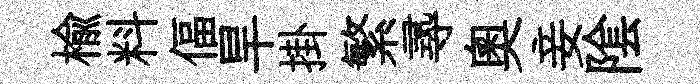
楡料偪旱掛繁𡬶奥妾隂